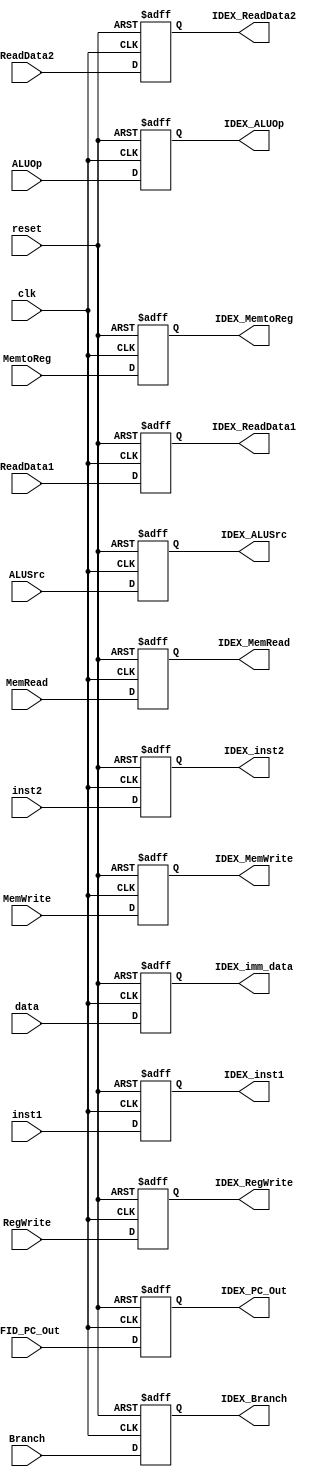
module ID_EX(
    input clk, reset,
    input [3:0] inst1, 
    input [4:0] inst2,
    input [63:0] ReadData1, ReadData2, IFID_PC_Out, data,
    input [1:0] ALUOp,
    input Branch, MemRead, MemtoReg, MemWrite, ALUSrc, RegWrite,
    output reg [3:0] IDEX_inst1,
    output reg [4:0] IDEX_inst2,
    output reg [63:0] IDEX_PC_Out, IDEX_ReadData1, IDEX_ReadData2, IDEX_imm_data,
    output reg [1:0] IDEX_ALUOp,
    output reg IDEX_Branch, IDEX_MemRead, IDEX_MemtoReg, IDEX_MemWrite, IDEX_ALUSrc, IDEX_RegWrite
);

always @(posedge clk or posedge reset)
    begin
        if(reset)
            begin
                IDEX_PC_Out = 0;
                IDEX_ReadData1 = 0;
                IDEX_ReadData2 = 0;
                IDEX_imm_data = 0;
                IDEX_inst1 = 0;
                IDEX_inst2 = 0;
                IDEX_Branch = 0;
                IDEX_MemRead = 0;
                IDEX_MemWrite = 0;
                IDEX_ALUSrc = 0;
                IDEX_RegWrite = 0;
                IDEX_ALUOp = 0;
                IDEX_MemtoReg = 0;

            end
        else
            begin

                IDEX_PC_Out = IFID_PC_Out;
                IDEX_ReadData1 = ReadData1;
                IDEX_ReadData2 = ReadData2;
                IDEX_imm_data = data;
                IDEX_inst1 = inst1;
                IDEX_inst2 = inst2;
                IDEX_Branch = Branch;
                IDEX_MemRead = MemRead;
                IDEX_MemWrite = MemWrite;
                IDEX_ALUSrc = ALUSrc;
                IDEX_RegWrite = RegWrite;
                IDEX_ALUOp = ALUOp;
                IDEX_MemtoReg = MemtoReg;

                
            end
    end

endmodule